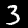
Digit: 3